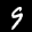
Label: 9